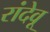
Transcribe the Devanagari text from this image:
रांदेवू